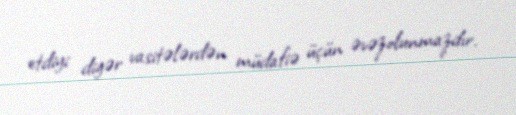
etdiyi digər vasitələrdən müdafiə üçün əvəzolunmazdır.